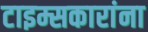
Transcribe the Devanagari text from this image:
टाइम्सकारांना